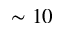
\sim 1 0